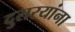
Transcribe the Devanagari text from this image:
दुसरयांना